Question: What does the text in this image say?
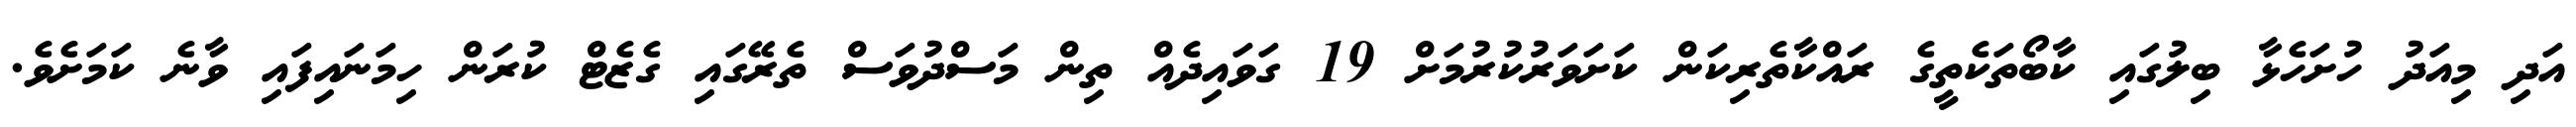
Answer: އަދި މިއަދު ހުށަހެޅާ ބިލުގައި ކާބޯތަކެތީގެ ރައްކާތެރިކަން ކަށަވަރުކުރުމަށް 19 ގަވައިދެއް ތިން މަސްދުވަސް ތެރޭގައި ގެޒެޓް ކުރަން ހިމަނައިފައި ވާނެ ކަމަށެވެ.